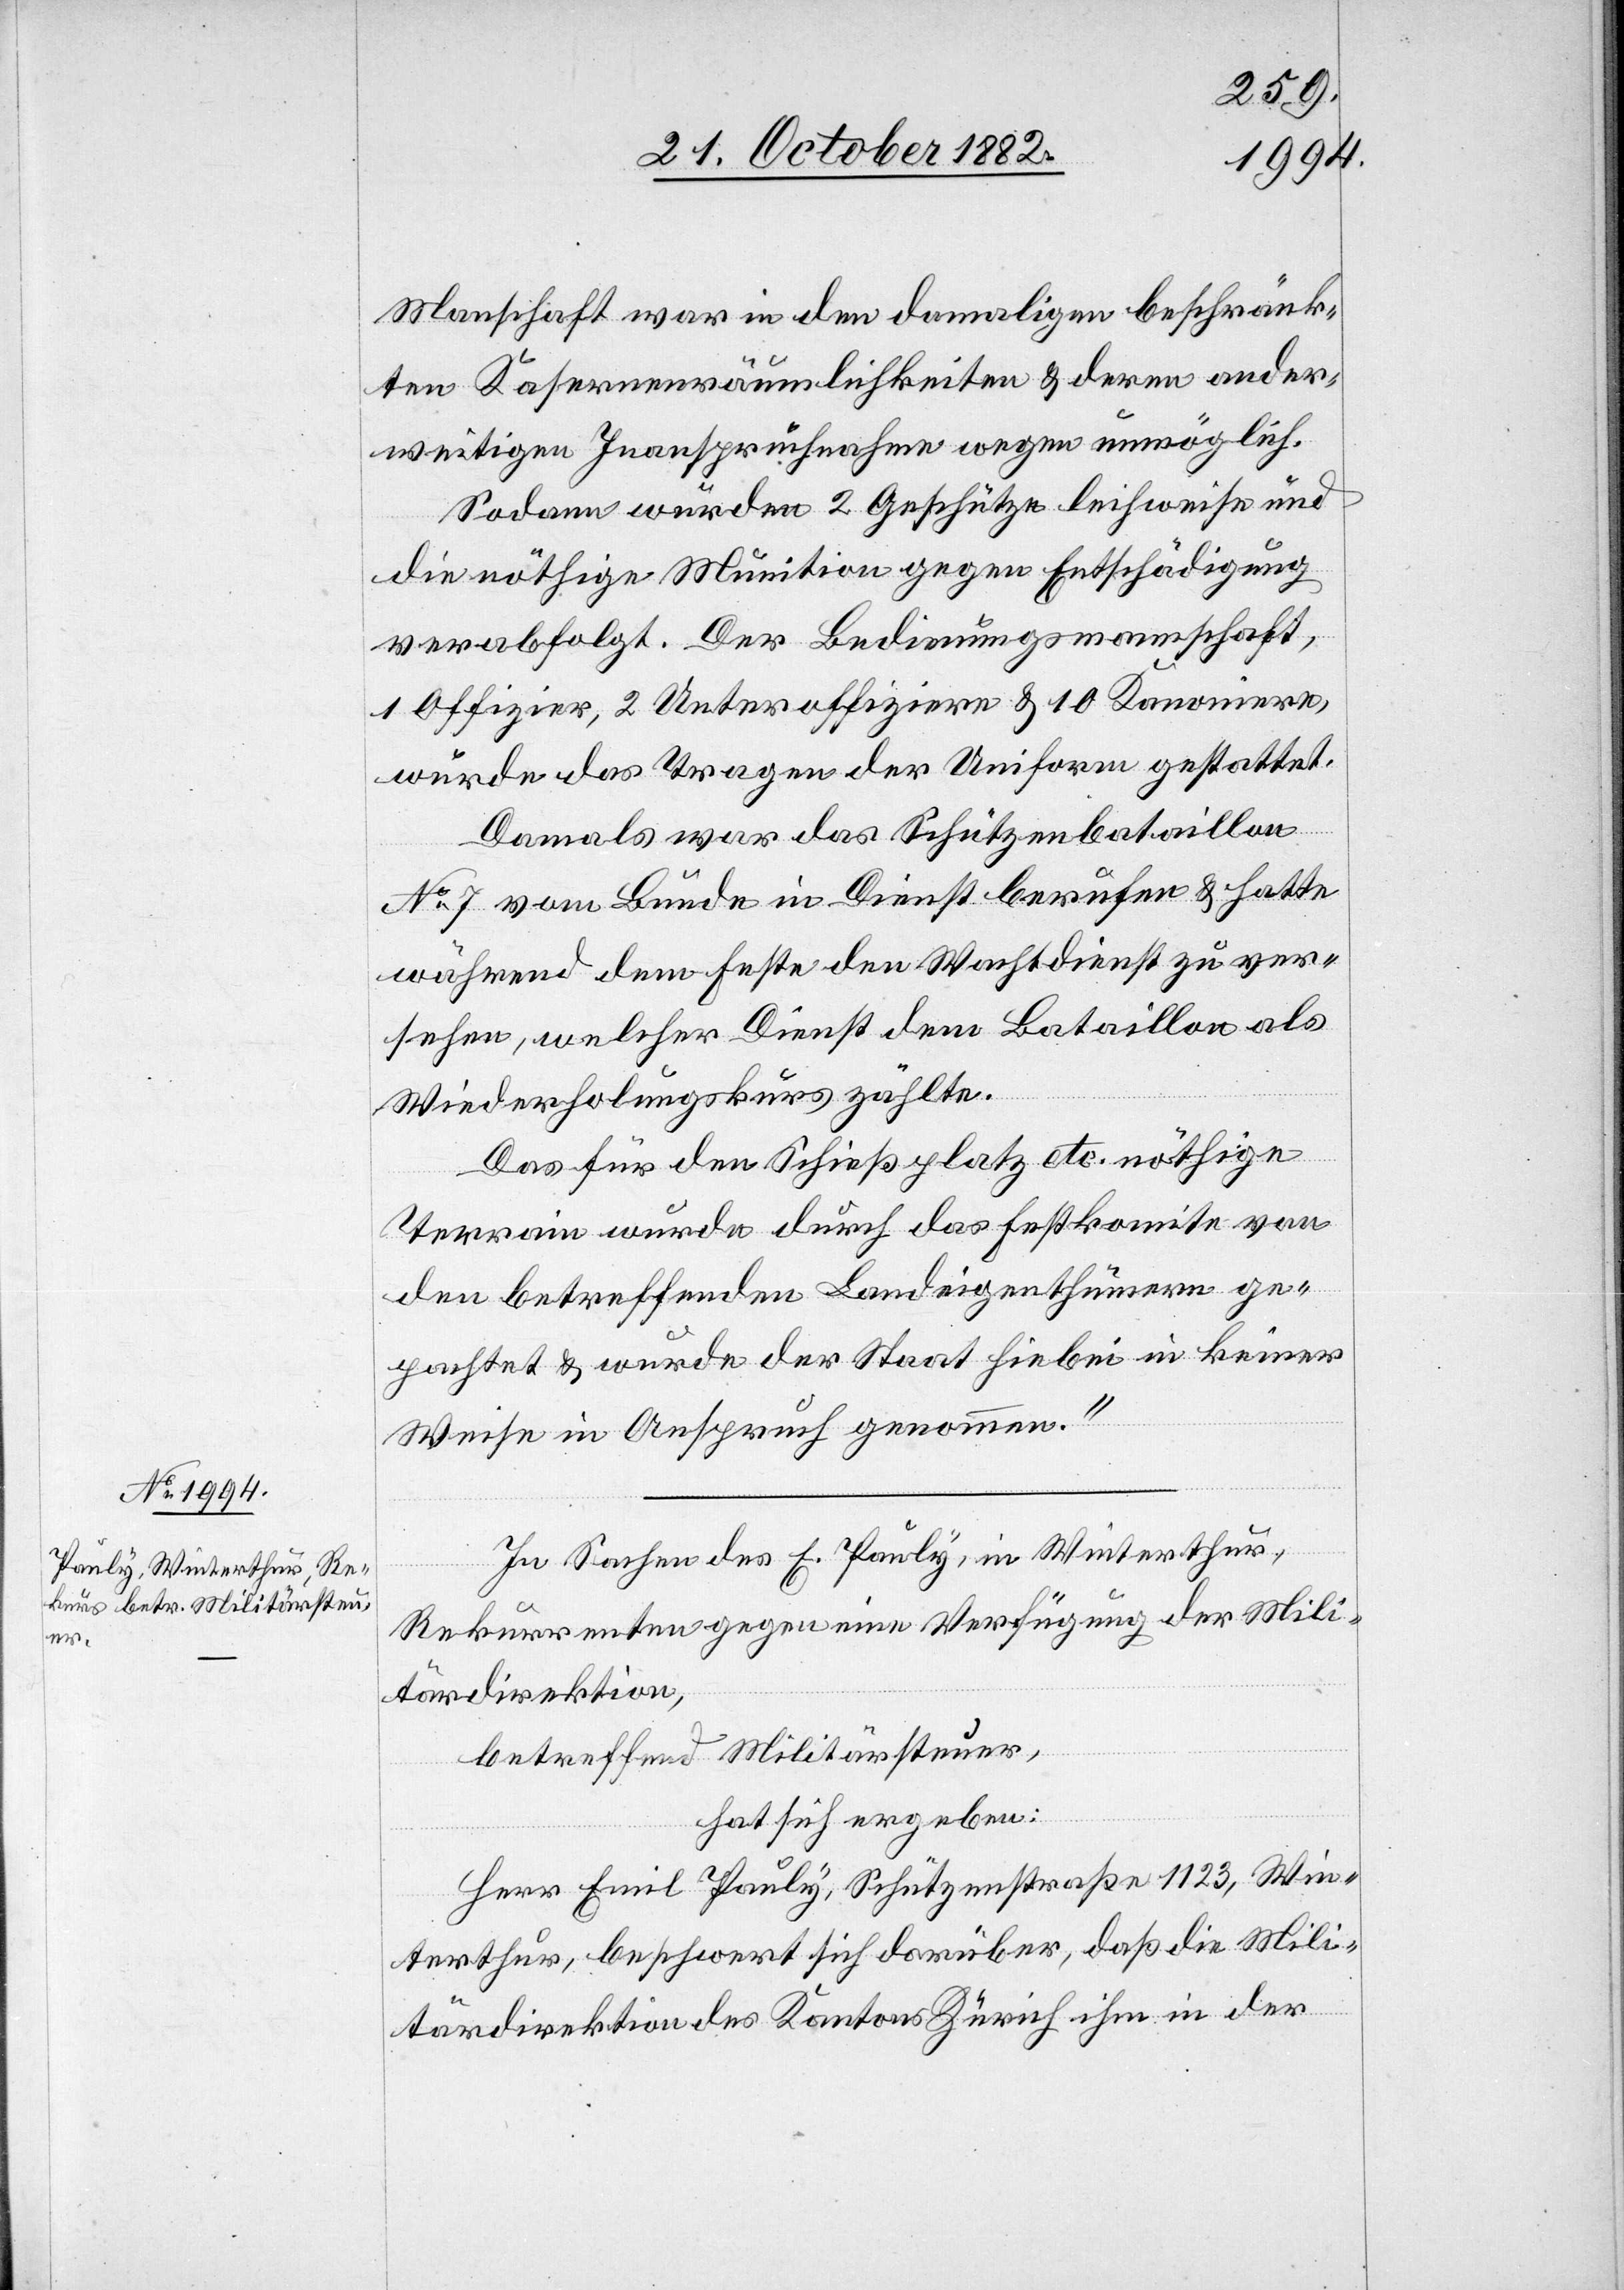
Man[n]schaft war in den damaligen beschränk¬
ten Kasernenräumlichkeiten & deren ander¬
weitigen Inanspruchnahme wegen unmöglich.
Sodann wurden 2 Geschütze leihweise und
die nöthige Munition gegen Entschädigung
verabfolgt. Der Bedienungsmannschaft,
1 Offizier, 2 Unteroffiziere & 10 Kanoniere,
wurde das Tragen der Uniform gestattet.
Damals war das Schützenbataillon
No 7 vom Bunde in Dienst berufen & hatte
während dem Feste den Wachdienst zu ver¬
sehen, welcher Dienst dem Bataillon als
Wiederholungskurs zählte.
Das für den Schießplatz etc. nöthige
Terrain wurde durch das Festkomite von
den betreffenden Landeigenthümern ge¬
pachtet & wurde der Staat hierbei in keiner
Weise in Anspruch genommen.“
In Sachen des E. Pauly, in Winterthur,
Rekurrenten gegen eine Verfügung der Mili¬
tärdirektion,
betreffend Militärsteuer,
hat sich ergeben:
Herr Emil Pauly, Schützenstraße 1123, Win¬
terthur, beschwert sich darüber, daß die Mili¬
tärdirektion des Kantons Zürich ihm in der